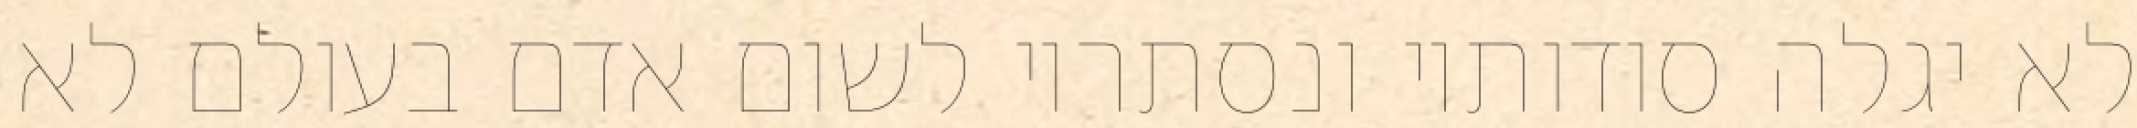
לא יגלה סודותיו ונסתריו לשום אדם בעולם לא